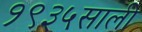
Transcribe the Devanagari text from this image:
१९३५साली